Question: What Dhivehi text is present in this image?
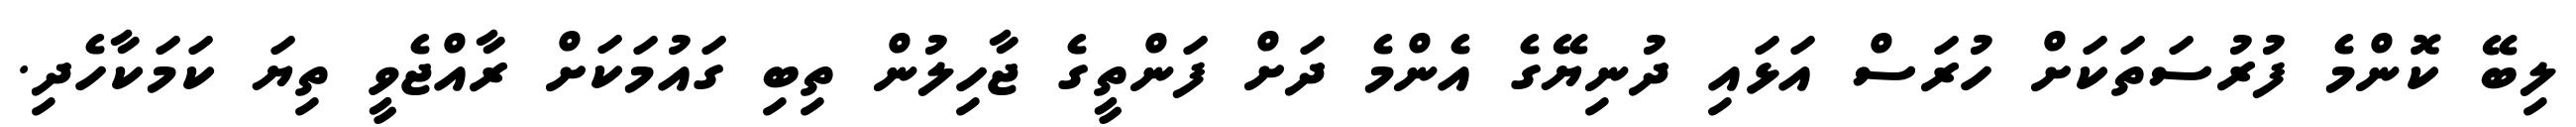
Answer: ލިބޭ ކޮންމެ ފުރުސަތަކަށް ހުރަސް އަޅައި ދުނިޔޭގެ އެންމެ ދަށް ފަންތީގެ ޖާހިލުން ތިބި ގައުމަކަށް ރާއްޖެވީ ތިޔަ ކަމަކާހެދި.